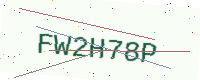
Text: FW2H78P